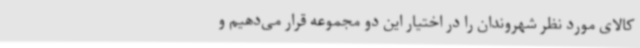
کالای مورد نظر شهروندان را در اختیار این دو مجموعه قرار می‌دهیم و